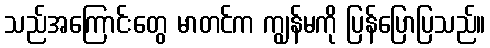
သည်အကြောင်းတွေ မာတင်က ကျွန်မကို ပြန်ပြောပြသည်။